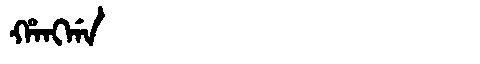
Manchu: ᡥᠠᠩᡤᠠ
Romanization: HANGGA